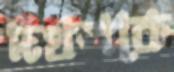
দখলকে